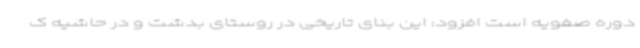
دوره صفویه است افزود: این بنای تاریخی در روستای بدشت و در حاشیه ک